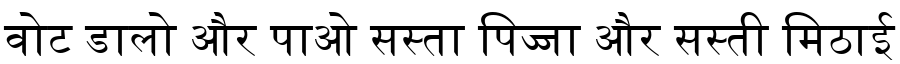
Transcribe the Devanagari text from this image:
वोट डालो और पाओ सस्ता पिज्जा और सस्ती मिठाई